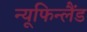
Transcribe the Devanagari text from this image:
न्यूफिन्लैंड